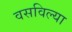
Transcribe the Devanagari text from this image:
वसविल्या